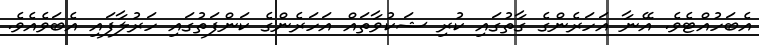
އެބަހުއްޓެވެ. އޭނާ އަހަރެންގެ ގާތުގައި ކުރި ޝަކުވާތައް އަހަރެންގެ ކަންފަތުގައި ހަރުލާފައި އެބަވެއެވެ.